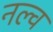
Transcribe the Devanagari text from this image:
नल्व